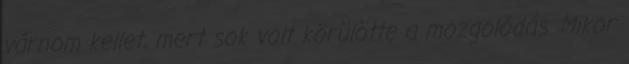
várnom kellet, mert sok volt körülötte a mozgolódás. Mikor